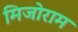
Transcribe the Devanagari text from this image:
मिजोराम